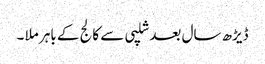
ڈیڑھ سال بعد شلپی سے کالج کے باہر ملا ۔